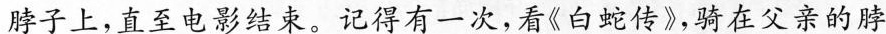
脖子上，直至电影结束。记得有一次，看《白蛇传》，骑在父亲的脖